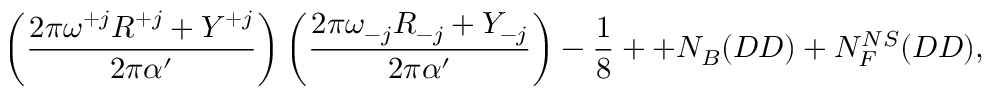
\left( \frac { 2 \pi \omega ^ { + j } R ^ { + j } + Y ^ { + j } } { 2 \pi \alpha ^ { \prime } } \right) \left( \frac { 2 \pi \omega _ { - j } R _ { - j } + Y _ { - j } } { 2 \pi \alpha ^ { \prime } } \right) - \frac { 1 } { 8 } + + N _ { B } ( D D ) + N _ { F } ^ { N S } ( D D ) ,